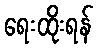
ရေးထိုးရန်